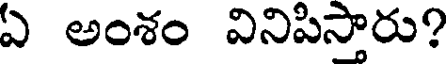
ఏ అంశం వినిపిస్తారు?